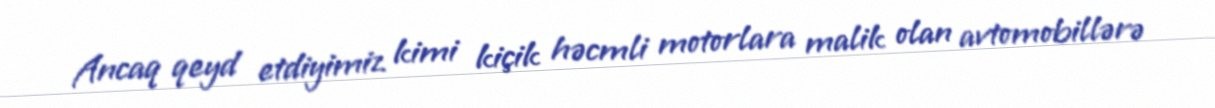
Ancaq qeyd etdiyimiz kimi kiçik həcmli motorlara malik olan avtomobillərə